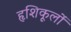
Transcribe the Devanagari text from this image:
हृशिकूलों